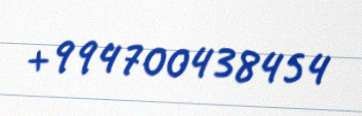
+994700438454